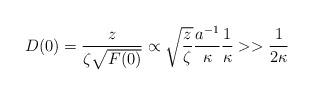
LaTeX: \begin{align*}D(0)=\frac{z}{\zeta \sqrt {F(0)}}\propto\sqrt{\frac{z}{\zeta}}\frac{a^{-1}}{\kappa}\frac{1}{\kappa}>>\frac{1}{2\kappa}\end{align*}